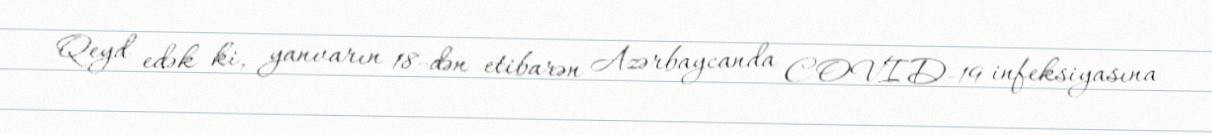
Qeyd edək ki, yanvarın 18-dən etibarən Azərbaycanda COVID-19 infeksiyasına